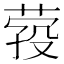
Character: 𦴎